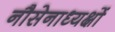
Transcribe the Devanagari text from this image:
नौसेनाध्यक्षों